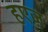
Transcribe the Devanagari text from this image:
हएज़